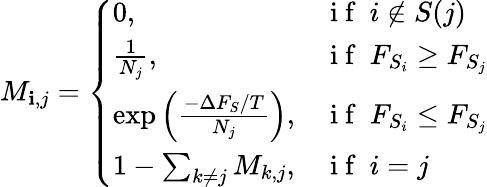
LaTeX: M_{\mathbf{i},j}=\left\{ \begin{array}{ll}{0,}&{\mathrm{~i~f~}\ i\notin S(j)}\\ {\frac{1}{N_{j}},}&{\mathrm{~i~f~}\ F_{S_{i}}\ge F_{S_{j}}}\\ {\exp{\left(\frac{-\Delta F_{S}/T}{N_{j}}\right)},}&{\mathrm{~i~f~}\ F_{S_{i}}\le F_{S_{j}}}\\ {1-\sum_{k\ne j}M_{k,j},}&{\mathrm{~i~f~}\ i=j}\end{array}\right.